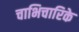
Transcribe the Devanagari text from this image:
चाभिचारिके